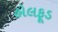
હોલફૂડ